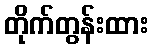
တိုက်တွန်းထား